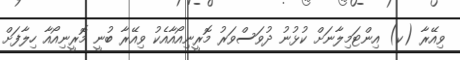
ވިއޭރާ (ކ) އިންޓަމިލާނަށް ކުޅުނު ދުވަސްވަރު މޮރީނިއޯއާއެކު ވިއޭރާ ބުނީ މޮރީނިއޯއާ ހިލާފަށް